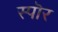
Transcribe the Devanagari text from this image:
स्पॊर